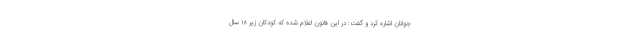
جوانان اشاره کرد و گفت: در این قانون اعلام شده که کودکان زیر ۱۸ سال